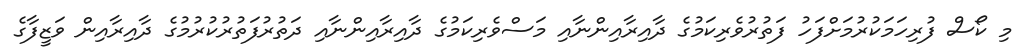
މި ކޯސް ފުރިހަމަކުރުމަށްފަހު ފަތުރުވެރިކަމުގެ ދާއިރާއިންނާއި މަސްވެރިކަމުގެ ދާއިރާއިންނާއި ދަތުރުފަތުރުކުރުމުގެ ދާއިރާއިން ވަޒީފާގެ